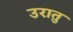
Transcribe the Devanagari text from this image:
उरातु